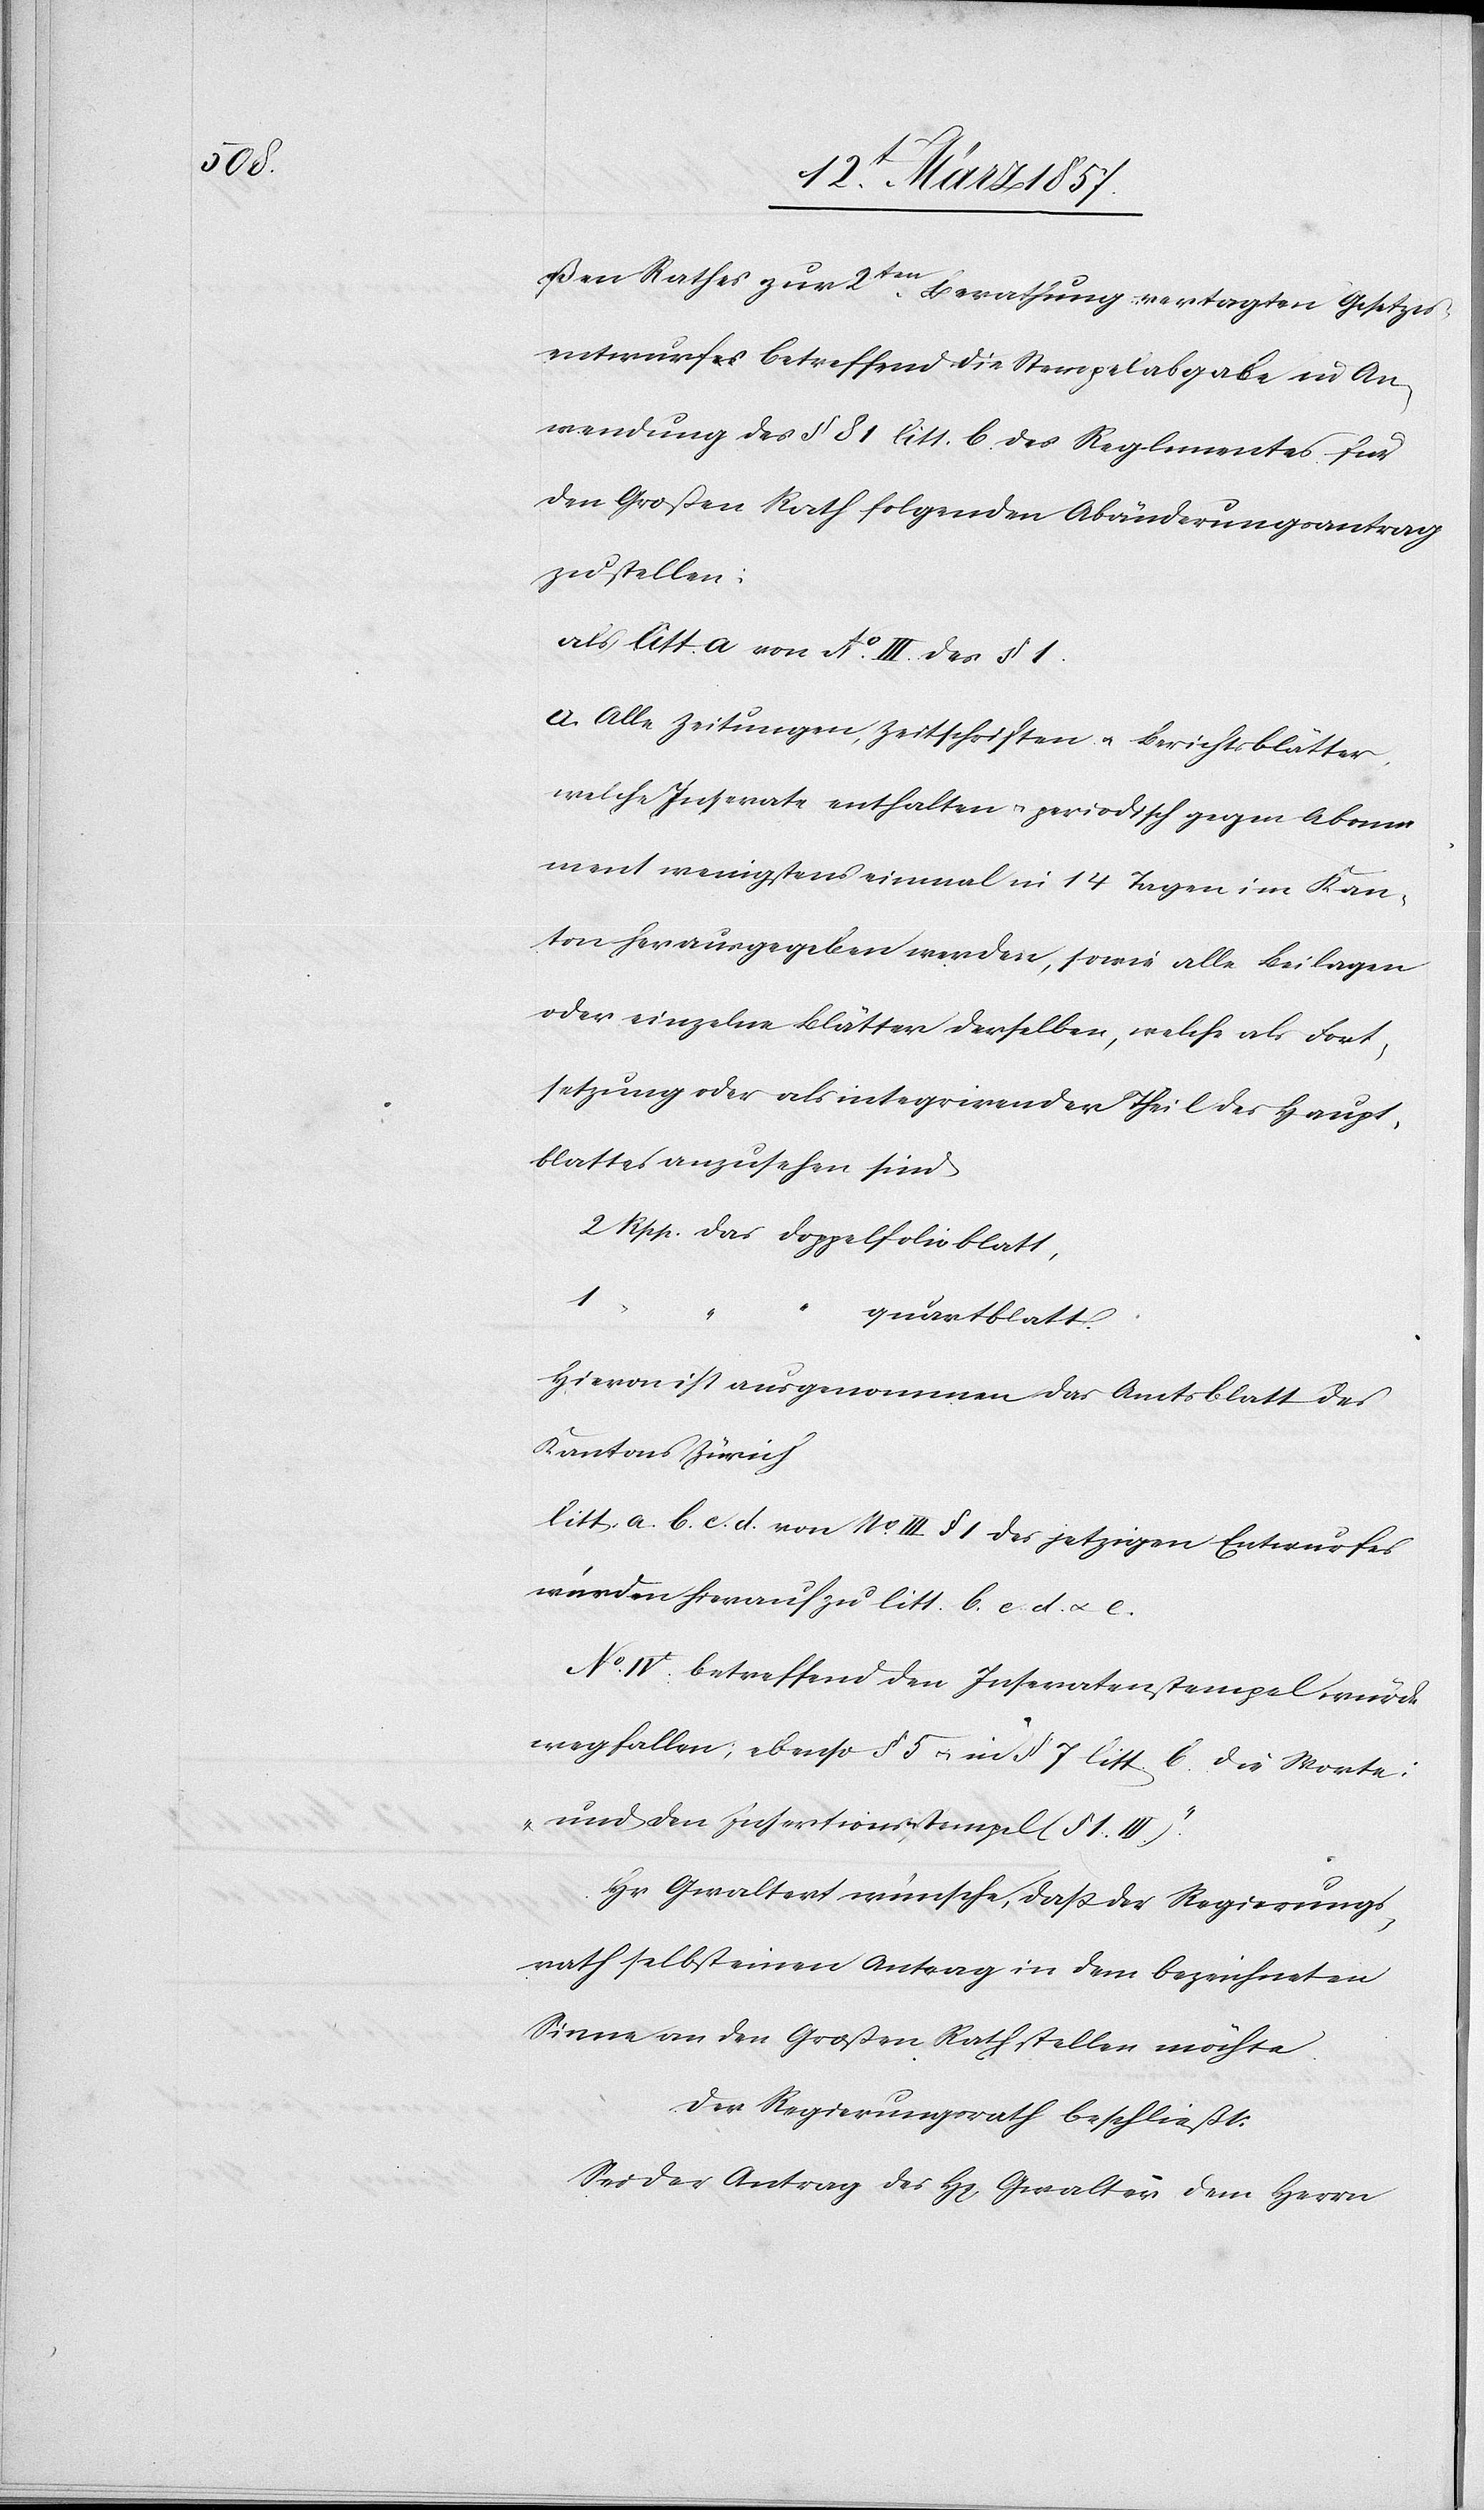
ßen Rathes zur 2ten Berathung vertagten Gesetzes¬
entwurfes betreffend die Stempelabgabe in An¬
wendung des § 81 litt. b des Reglementes für
den Großen Rath folgenden Abänderungsantrag
zu stellen:
als litt. a von No III. des § 1.
a. Alle Zeitungen, Zeitschriften u. Berichtsblätter,
welche Inserate enthalten u. periodisch gegen Abonne¬
ment wenigstens einmal in 14 Tagen im Kan¬
ton herausgegeben werden, sowie alle Beilagen
oder einzelne Blätter derselben, welche als Fort¬
setzung oder als integrirender Theil des Haupt¬
blattes anzusehen sind
2 Rpp. das Doppelfolioblatt,
1
“ “ “
quartblatt.
Hievon ist ausgenommen das Amtsblatt des
Kantons Zürich
litt. a. b. c. d. von No III. § 1 des jetzigen Entwurfes
würden hierauf zu litt. b. c. d. u. e.
No IV. betreffend den Inseratenstempel würde
wegfallen; ebenso § 5 u. in § 7 litt b. die Worte:
„und den Insertionsstempel (§ 1. III)“
Hr. Gwaltert wünsche, daß der Regierungs¬
rath selbst einen Antrag in dem bezeichneten
Sinne an den Großen Rath stellen möchte.
Der Regierungsrath beschließt:
Sei der Antrag des H[errn] Gwalter dem Herrn